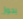
يجوز